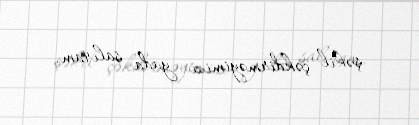
şəkil çəkdirməyimizi yada salıram.